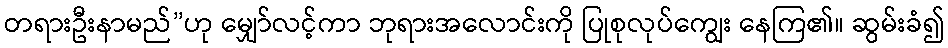
တရားဦးနာမည်”ဟု မျှော်လင့်ကာ ဘုရားအလောင်းကို ပြုစုလုပ်ကျွေး နေကြ၏။ ဆွမ်းခံ၍